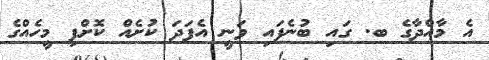
އެ މާއްދާގެ ބ. ގައި ބުނެފައި ވަނީ އެފަދަ ކުށެއް ކޮށްފި މީހެއްގެ